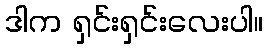
ဒါက ရှင်းရှင်းလေးပါ။